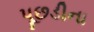
પૂછડીના